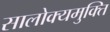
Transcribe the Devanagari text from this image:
सालोक्यमुक्ति